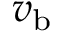
v _ { \mathrm { b } }